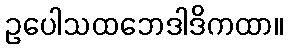
ဥပေါသထဘေဒါဒိကထာ။